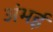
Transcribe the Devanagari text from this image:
अंभई